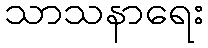
သာသနာရေး